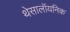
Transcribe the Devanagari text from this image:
थेसालॉयनिक